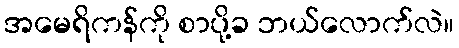
အမေရိကန်ကို စာပို့ခ ဘယ်လောက်လဲ။